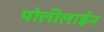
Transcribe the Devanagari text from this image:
पोलीलाईन